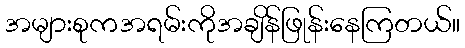
အများစုကအရမ်းကိုအချိန်ဖြုန်းနေကြတယ်။